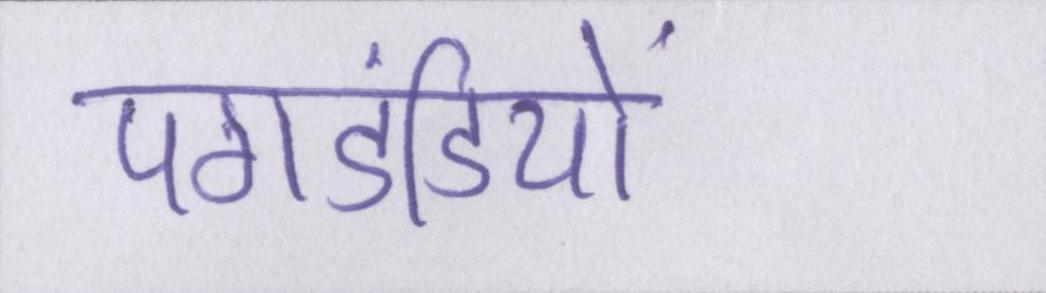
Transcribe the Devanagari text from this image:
पगडंडियों